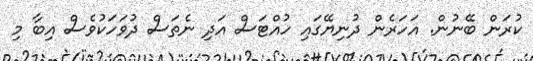
ކުރަން ބޭނުން. އަހަރެން ދުނިޔޭގައި ހުއްޓަސް އަދި ނެތަސް ދުވަހަކުވެސް އިބާ މި